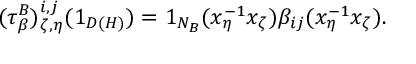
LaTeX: ( \tau _ { \beta } ^ { B } ) _ { \zeta , \eta } ^ { i , j } ( 1 _ { D ( H ) } ) = 1 _ { N _ { B } } ( x _ { \eta } ^ { - 1 } x _ { \zeta } ) \beta _ { i j } ( x _ { \eta } ^ { - 1 } x _ { \zeta } ) .